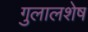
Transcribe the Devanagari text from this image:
गुलालशेष